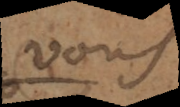
vous